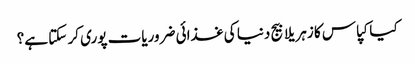
کیا کپاس کا زہریلا بیج دنیا کی غذائی ضروریات پوری کر سکتا ہے؟